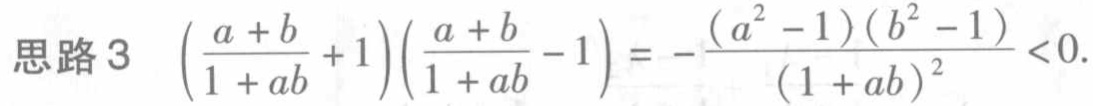
思路3 $\left(\frac{a + b}{1 + ab}+1\right)\left(\frac{a + b}{1 + ab}-1\right)=-\frac{(a^{2}-1)(b^{2}-1)}{(1 + ab)^{2}}<0$.